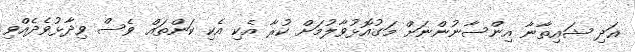
އަދި ޝައިތާނާ އިންސާނުންނަށް މަގުއޮޅުވާލުމަށް ކުރާ އެކި އެކި ކަންތައް ވެސް ވިދާޅުވެދެއްވި